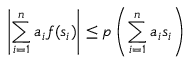
\left| \sum _ { i = 1 } ^ { n } a _ { i } f ( s _ { i } ) \right| \leq p \left( \sum _ { i = 1 } ^ { n } a _ { i } s _ { i } \right)